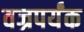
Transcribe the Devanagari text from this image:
वज्रपर्यंक